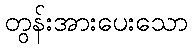
တွန်းအားပေးသော